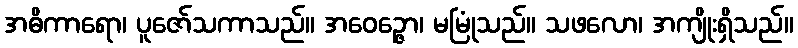
အဓိကာရော၊ ပူဇော်သကာသည်။ အဝေဉ္ဇော၊ မမြုံသည်။ သဖလော၊ အကျိုးရှိသည်။